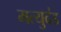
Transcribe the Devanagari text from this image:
मत्युदंड